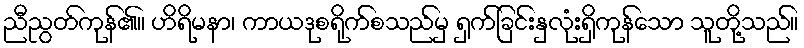
ညီညွတ်ကုန်၏။ ဟိရိမနာ၊ ကာယဒုစရိုက်စသည်မှ ရှက်ခြင်းနှလုံးရှိကုန်သော သူတို့သည်။